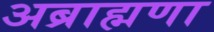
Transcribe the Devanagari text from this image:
अब्राह्मणा